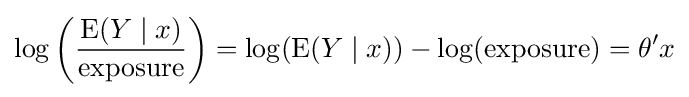
\log \left({\frac {\operatorname {E} (Y\mid x)}{\text{exposure}}}\right)=\log(\operatorname {E} (Y\mid x))-\log({\text{exposure}})=\theta 'x